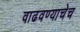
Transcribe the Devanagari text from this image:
वाढवण्याचेच